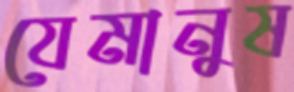
যেমানুষ